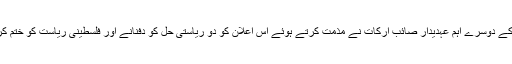
فلسطینی لبریشن آرگنائزیشن کے دوسرے اہم عہدیدار صائب ارکات نے مذمت کرتے ہوئے اس اعلان کو دو ریاستی حل کو دفنانے اور فلسطینی ریاست کو ختم کرنے کی کوشش قرار دیا ہے۔